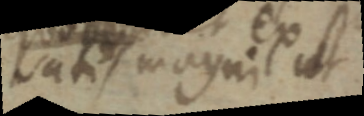
satis magni ut